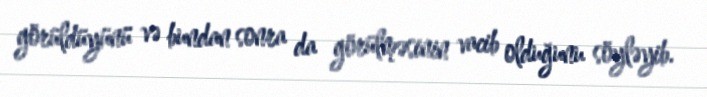
görüldüyünü və bundan sonra da görülməsinin vacib olduğunu söyləyib.